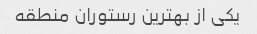
یکی از بهترین رستوران منطقه